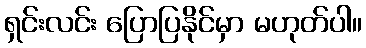
ရှင်းလင်း ပြောပြနိုင်မှာ မဟုတ်ပါ။